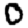
Digit: 0